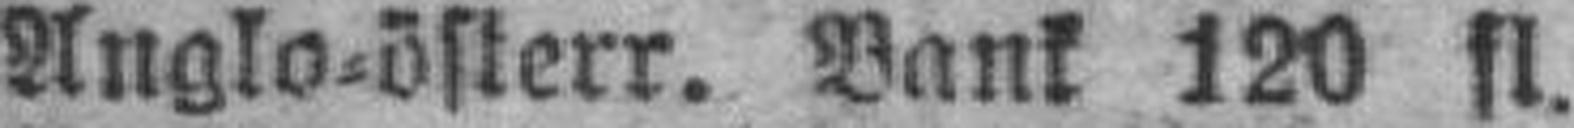
Anglo=österr. Bank 120 fl.